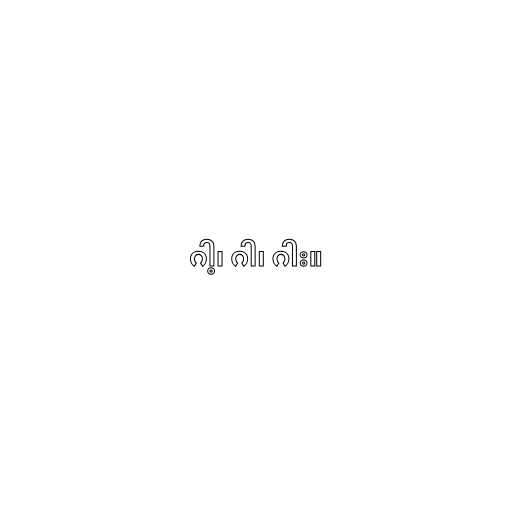
ဂါ့၊ ဂါ၊ ဂါး။